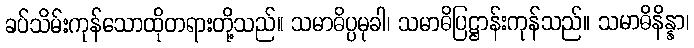
ခပ်သိမ်းကုန်သောထိုတရားတို့သည်။ သမာဓိပ္ပမုခါ၊ သမာဓိပြဋ္ဌာန်းကုန်သည်။ သမာဓိနိန္နာ၊